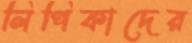
লিপিকাদের